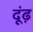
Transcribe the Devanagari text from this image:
दूंढ़